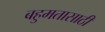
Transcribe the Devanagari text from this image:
बहुमतासाठी